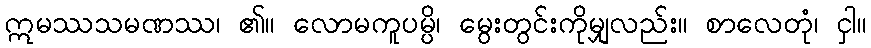
ဣမဿသမဏဿ၊ ၏။ လောမကူပမ္ပိ၊ မွေးတွင်းကိုမျှလည်း။ စာလေတုံ၊ ငှါ။